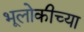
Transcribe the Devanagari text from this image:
भूलोकीच्या